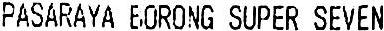
PASARAYA BORONG SUPER SEVEN